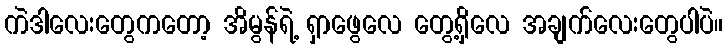
ကဲဒါလေးတွေကတော့ အိမွန်ရဲ့ ရှာဖွေလေ တွေ့ရှိလေ အချက်လေးတွေပါပဲ။